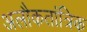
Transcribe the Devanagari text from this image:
अलौकतांत्रिक